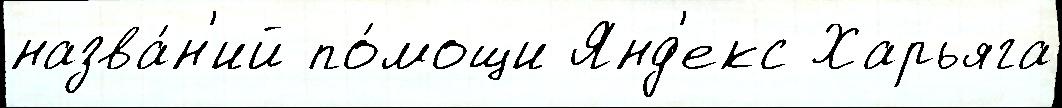
назва́н'ий по́мощи Янд'екс Харьяга